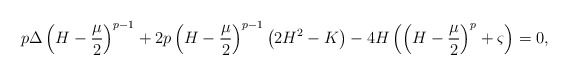
\begin{align*}p\Delta\left(H-\frac{\mu}{2}\right)^{p-1}+2p\left(H-\frac{\mu}{2}\right)^{p-1}\left(2H^2-K\right)-4H\left(\left(H-\frac{\mu}{2}\right)^{p}+\varsigma\right)=0,\end{align*}